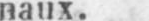
naux.